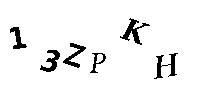
13ZPKH